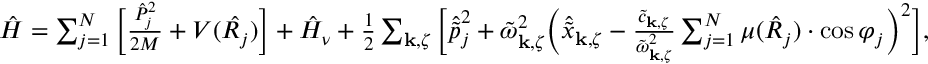
\begin{array} { r } { \hat { H } = \sum _ { j = 1 } ^ { N } \Big [ \frac { \hat { P } _ { j } ^ { 2 } } { 2 M } + V ( \hat { R _ { j } } ) \Big ] + \hat { H } _ { \nu } + \frac { 1 } { 2 } \sum _ { \mathbf { k } , \zeta } \Big [ \hat { \tilde { p } } _ { j } ^ { 2 } + \tilde { \omega } _ { \mathbf { k } , \zeta } ^ { 2 } \Big ( \hat { \tilde { x } } _ { \mathbf { k } , \zeta } - \frac { \tilde { c } _ { \mathbf { k } , \zeta } } { \tilde { \omega } _ { \mathbf { k } , \zeta } ^ { 2 } } \sum _ { j = 1 } ^ { N } \mu ( \hat { R } _ { j } ) \cdot \cos \varphi _ { j } \Big ) ^ { 2 } \Big ] , } \end{array}